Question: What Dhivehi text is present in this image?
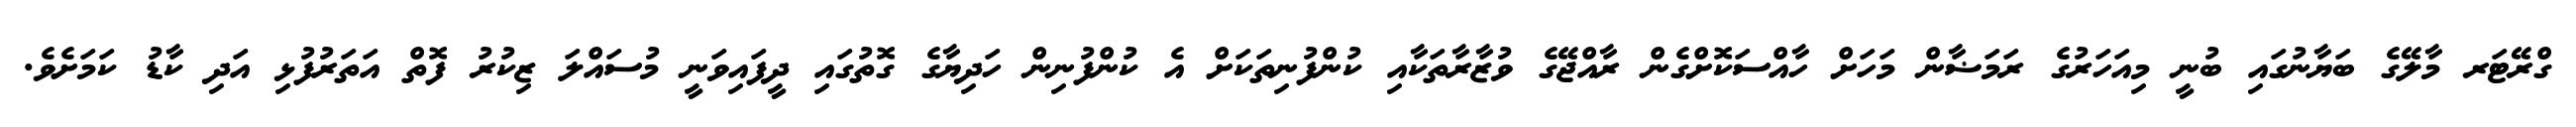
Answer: ގްރޭޓަރ މާލޭގެ ބަޔާނުގައި ބުނީ މިއަހަރުގެ ރަމަޟާން މަހަށް ހާއްސަކޮށްގެން ރާއްޖޭގެ ވުޒާރާތަކާއި ކުންފުނިތަކަށް އެ ކުންފުނިން ހަދިޔާގެ ގޮތުގައި ދީފައިވަނީ މުސައްލަ ޒިކުރު ފޮތް އަތަރުފުޅި އަދި ކާޑު ކަމަށެވެ.